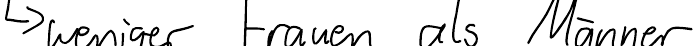
-> weniger Frauen als Männer